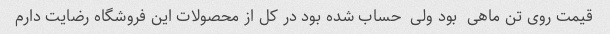
قیمت روی تن ماهی  بود ولی  حساب شده بود در کل از محصولات این فروشگاه رضایت دارم